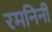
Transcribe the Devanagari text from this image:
रमनिनी